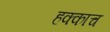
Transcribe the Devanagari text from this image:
हक्काच